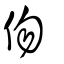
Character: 伆